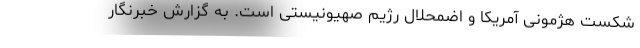
شکست هژمونی آمریکا و اضمحلال رژیم صهیونیستی است. به گزارش خبرنگار